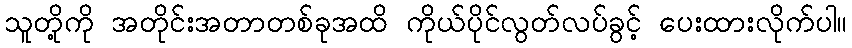
သူတို့ကို အတိုင်းအတာတစ်ခုအထိ ကိုယ်ပိုင်လွတ်လပ်ခွင့် ပေးထားလိုက်ပါ။